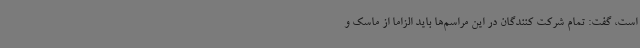
است، گفت: تمام شرکت کنندگان در این مراسم‌ها باید الزاما از ماسک و